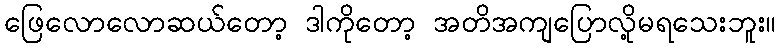
ဖြေလောလောဆယ်တော့ ဒါကိုတော့ အတိအကျပြောလို့မရသေးဘူး။